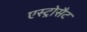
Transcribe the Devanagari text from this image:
एस्ट्रोसैट